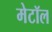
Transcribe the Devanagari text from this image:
मेटॉल